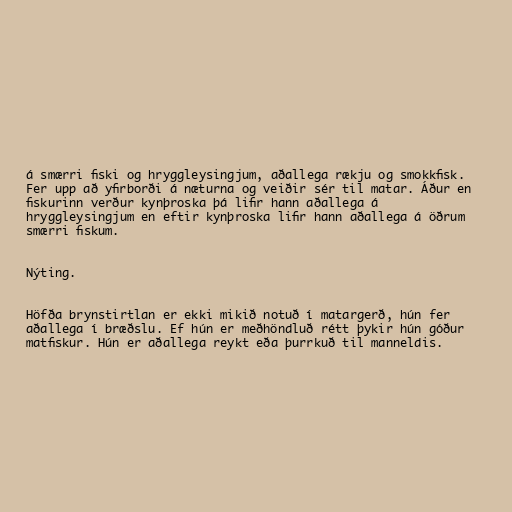
á smærri fiski og hryggleysingjum, aðallega rækju og smokkfisk.
Fer upp að yfirborði á næturna og veiðir sér til matar. Áður en
fiskurinn verður kynþroska þá lifir hann aðallega á
hryggleysingjum en eftir kynþroska lifir hann aðallega á öðrum
smærri fiskum.

Nýting.

Höfða brynstirtlan er ekki mikið notuð í matargerð, hún fer
aðallega í bræðslu. Ef hún er meðhöndluð rétt þykir hún góður
matfiskur. Hún er aðallega reykt eða þurrkuð til manneldis.